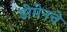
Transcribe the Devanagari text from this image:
डोमेनचे